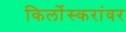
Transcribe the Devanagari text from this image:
किर्लोस्करांवर